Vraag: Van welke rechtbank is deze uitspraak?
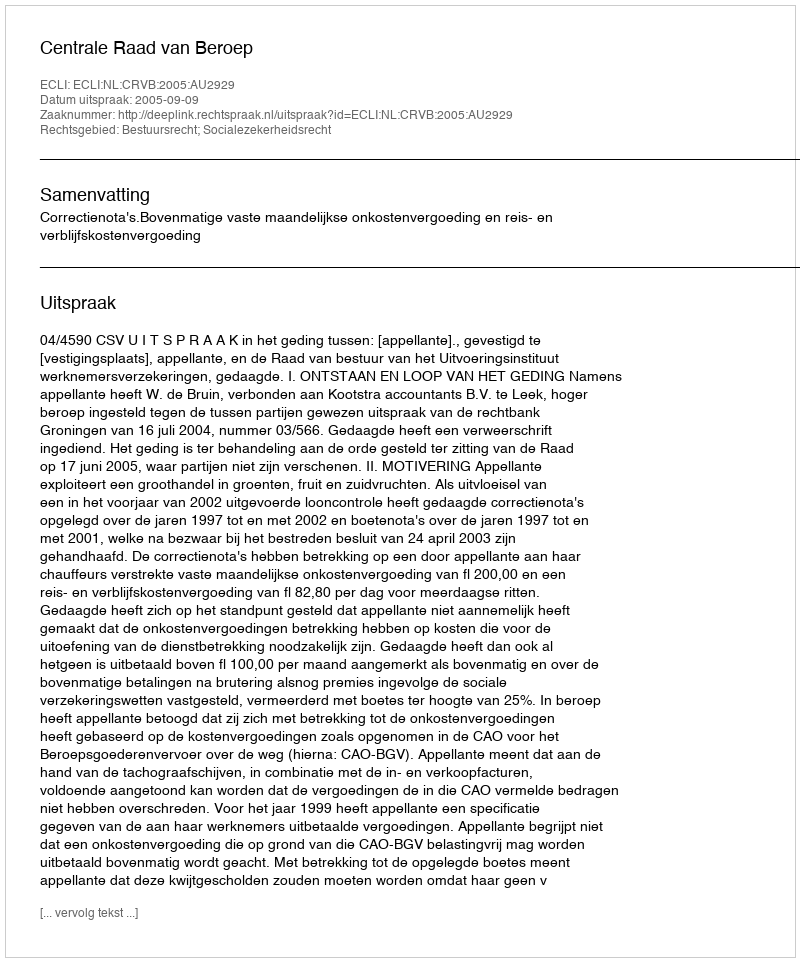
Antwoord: Centrale Raad van Beroep